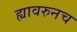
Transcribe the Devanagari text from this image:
ह्यावरुनच